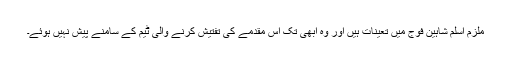
ملزم اسلم شاہین فوج میں تعینات ہیں اور وہ ابھی تک اس مقدمے کی تفتیش کرنے والی ٹیم کے سامنے پیش نہیں ہوئے۔